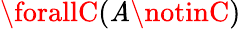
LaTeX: \forallC(\mathit{A}\notinC)